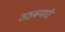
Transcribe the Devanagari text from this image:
उठवणारी